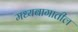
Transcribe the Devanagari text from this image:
मध्यबागातील